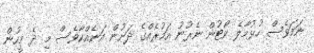
ނަމަވެސް ހުޅުމާލެ ކޯޓުން ނެރުނު އަމުރެއްގެ ދަށުން އަނެއްކާވެސް މި ދެ މީހުން